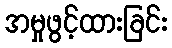
အမှုဖွင့်ထားခြင်း